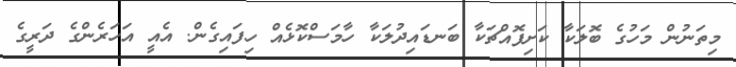
މިތަނުން މަހުގެ ބޮލަކާ ކަށިފޮއްޗަކާ ބަނޑައިދުލަކާ ހާމަސްކޮޅެއް ހިފައިގެން. އެއީ އަހަރެންގެ ދަރީގެ